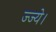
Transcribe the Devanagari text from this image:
ज्ज्ये।